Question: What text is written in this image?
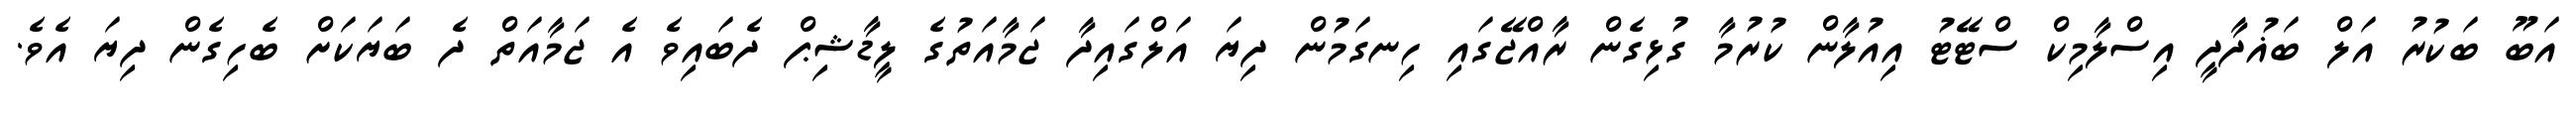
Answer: އަބޫ ބަކުރު އަލް ބަޣުދާދީ އިސްލާމިކް ސްޓޭޓު އިއުލާން ކުރުމާ ގުޅިގެން ރާއްޖޭގައި ހިނގަމުން ދިޔަ އަލްގައިދާ ޖަމާއަތުގެ ލީޑާޝިޕް ދެބައިވެ އެ ޖަމާއަތް ދެ ބަޔަކަށް ބެހިގެން ދިޔަ އެވެ.